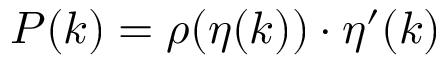
P ( k ) = \rho ( \eta ( k ) ) \cdot \eta ^ { \prime } ( k )